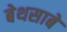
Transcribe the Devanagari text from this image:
बेथसाबे